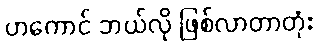
ဟကောင် ဘယ်လို ဖြစ်လာတာတုံး